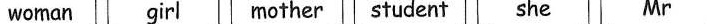
woman girl mother sfudenf she Mr